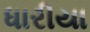
ધારીયા